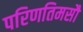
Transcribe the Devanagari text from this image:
परिणतिमसौ